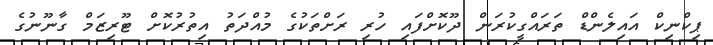
ޕިކްނިކް އައިލެންޑް ތަރައްގީކުރަން ދޫކޮށްފައި ހުރި ރަށްތަކުގެ މުއްދަތު އިތުރުކޮށް ޓޫރިޒަމް ގާނޫނުގެ